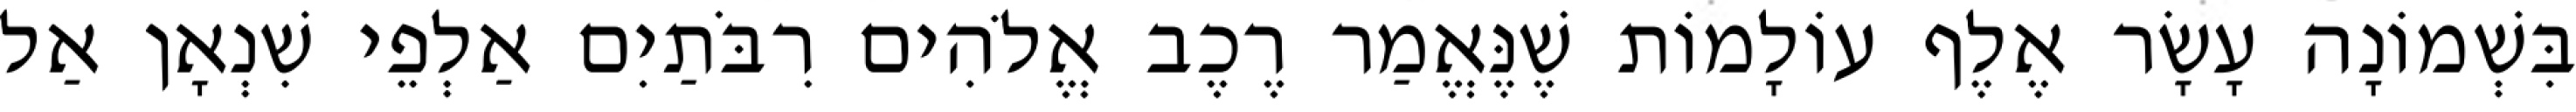
בִּשְׁמוֹנָה עָשָׂר אֶלֶף עוֹלָמוֹת שֶׁנֶּאֱמַר רֶכֶב אֱלֹהִים רִבֹּתַיִם אַלְפֵי שִׁנְאָן אַל